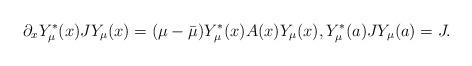
LaTeX: \begin{align*} \partial_xY_\mu^*(x)JY_\mu(x)= (\mu-\bar\mu)Y_\mu^*(x)A(x)Y_\mu(x), Y_\mu^*(a)JY_\mu(a)=J.\end{align*}